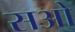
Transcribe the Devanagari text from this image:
सओ